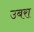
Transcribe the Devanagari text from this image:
उबरा